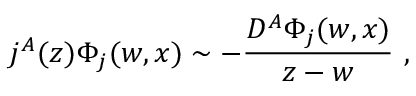
j ^ { A } ( z ) \Phi _ { j } ( w , x ) \sim - \frac { D ^ { A } \Phi _ { j } ( w , x ) } { z - w } ~ ,